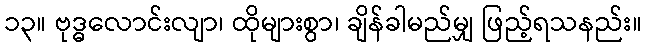
၁၃။ ဗုဒ္ဓလောင်းလျာ၊ ထိုများစွာ၊ ချိန်ခါမည်မျှ ဖြည့်ရသနည်း။